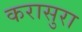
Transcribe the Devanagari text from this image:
करासुरा